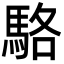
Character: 駱